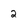
Character: 2